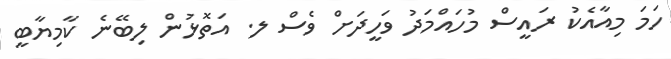
ހަމަ މިއާއެކު ރައީސް މުހައްމަދު ވަހީދަށް ވެސް ލ. އަތޮޅުން ލިބޭނެ ކާމިޔާބީ